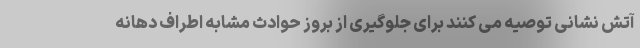
آتش نشانی توصیه می کنند برای جلوگیری از بروز حوادث مشابه اطراف دهانه